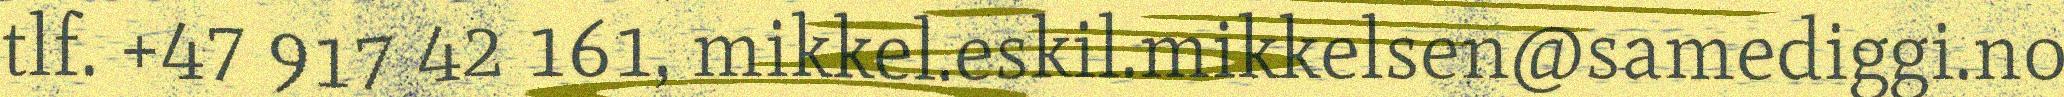
tlf. +47 917 42 161, mikkel.eskil.mikkelsen@samediggi.no